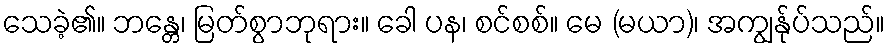
သေခဲ့၏။ ဘန္တေ၊ မြတ်စွာဘုရား။ ခေါ ပန၊ စင်စစ်။ မေ (မယာ)၊ အကျွန်ုပ်သည်။